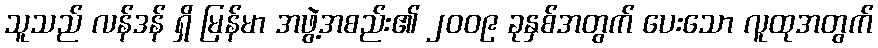
သူသည် လန်ဒန် ရှိ မြန်မာ အဖွဲ့အစည်း၏ ၂၀၀၉ ခုနှစ်အတွက် ပေးသော လူထုအတွက်